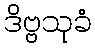
ဒိဗ္ဗသုခံ